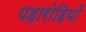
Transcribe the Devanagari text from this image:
पहारोहियों